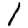
Digit: 1